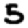
Digit: 5